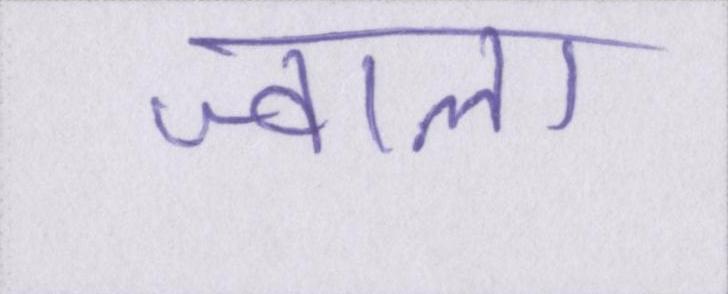
ज्वाला